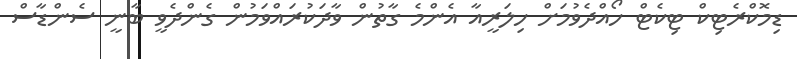
ޑިމޮކްރެޓިކް ޓިކެޓް ހޯއްދެވުމަށް ހިލަރީއާ އެންމެ ގާތުން ވާދަކުރައްވަމުން ގެންދެވީ ބާނީ ސެންޑާސް